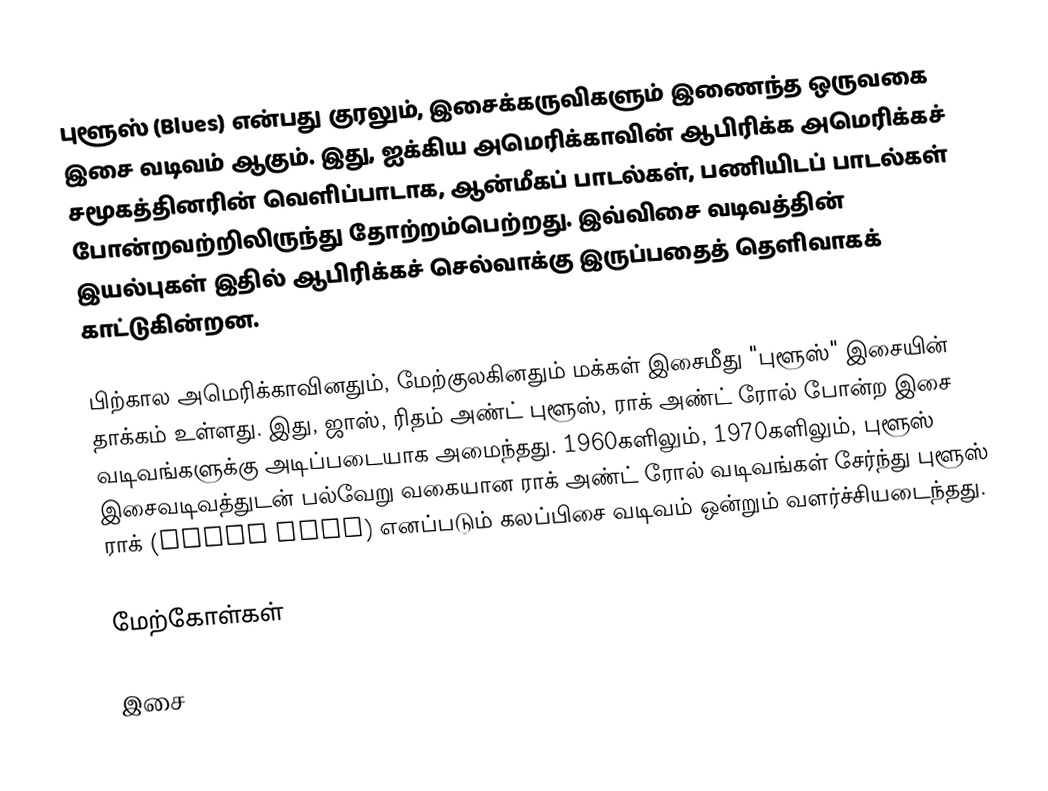
புளூஸ் (Blues) என்பது குரலும், இசைக்கருவிகளும் இணைந்த ஒருவகை இசை வடிவம் ஆகும். இது, ஐக்கிய அமெரிக்காவின் ஆபிரிக்க அமெரிக்கச் சமூகத்தினரின் வெளிப்பாடாக, ஆன்மீகப் பாடல்கள், பணியிடப் பாடல்கள் போன்றவற்றிலிருந்து தோற்றம்பெற்றது. இவ்விசை வடிவத்தின் இயல்புகள் இதில் ஆபிரிக்கச் செல்வாக்கு இருப்பதைத் தெளிவாகக் காட்டுகின்றன.

பிற்கால அமெரிக்காவினதும், மேற்குலகினதும் மக்கள் இசைமீது "புளூஸ்" இசையின் தாக்கம் உள்ளது. இது, ஜாஸ், ரிதம் அண்ட் புளூஸ், ராக் அண்ட் ரோல் போன்ற இசை வடிவங்களுக்கு அடிப்படையாக அமைந்தது. 1960களிலும், 1970களிலும், புளூஸ் இசைவடிவத்துடன் பல்வேறு வகையான ராக் அண்ட் ரோல் வடிவங்கள் சேர்ந்து புளூஸ் ராக் (blues rock) எனப்படும் கலப்பிசை வடிவம் ஒன்றும் வளர்ச்சியடைந்தது.

மேற்கோள்கள்

இசை